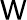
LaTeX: \textsf{W}